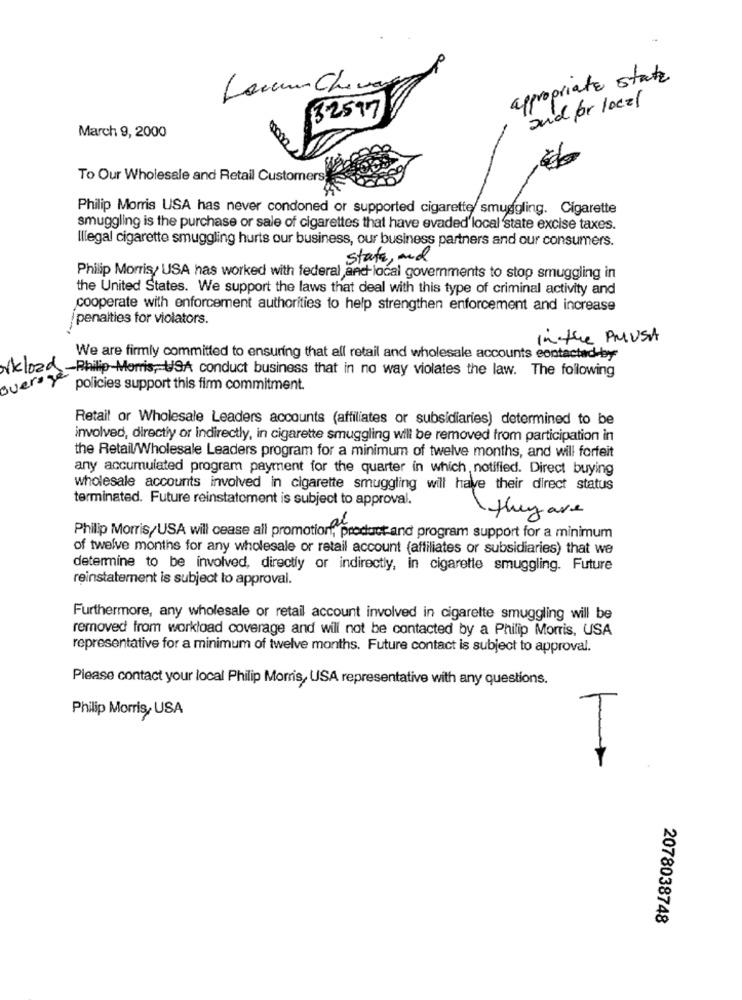
appropriate state
and for local
32597
March 9, 2000
To Our Wholesale and Retail Customers.
Philip Morris USA has never condoned or supported cigarette smuggling. Cigarette
smuggling is the purchase or sale of cigarettes that have evaded'local state excise taxes.
Illegal cigarette smuggling hurts our business, our business partners and our consumers.
state, and
Philip Morris, USA has worked with federal and local governments to stop smuggling in
the United States. We support the laws that deal with this type of criminal activity and
cooperate with enforcement authorities to help strengthen enforcement and increase
penalties for violators.
in the PMUSA
We are firmly committed to ensuring that all retail and wholesale accounts contacted by
orkload -Philip Morris, USA conduct business that in no way violates the law. The following
average
policies support this firm commitment.
Retail or Wholesale Leaders accounts (affiliates or subsidiaries) determined to be
involved, directly or indirectly, in cigarette smuggling will be removed from participation in
the Retail/Wholesale Leaders program for a minimum of twelve months, and will forfeit
any accumulated program payment for the quarter in which, notified. Direct buying
wholesale accounts involved in cigarette smuggling will have their direct status
terminated. Future reinstatement is subject to approval.
they are
Philip Morris/USA will cease all promotion, product and program support for a minimum
of twelve months for any wholesale or retail account (affiliates or subsidiaries) that we
determine to be involved, directly or indirectly, in cigarette smuggling. Future
reinstatement is subject to approval.
Furthermore, any wholesale or retail account involved in cigarette smuggling will be
removed from workload coverage and will not be contacted by a Philip Morris, USA
representative for a minimum of twelve months. Future contact is subject to approval.
Please contact your local Philip Morris, USA representative with any questions.
Philip Morris, USA
2078038748